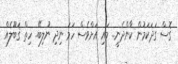
ގޮސް ގަދަކަމުން ކާންދެނީ.. މައި އަށްވެސް ހަމަ ނިދި ނުލިބޭ.. ހިތް ޤަބޫލެއް